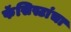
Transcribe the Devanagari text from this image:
फॅसिस्टांचा